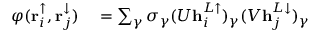
\begin{array} { r l } { \varphi ( \mathbf { r } _ { i } ^ { \uparrow } , \mathbf { r } _ { j } ^ { \downarrow } ) } & { { } = \sum _ { \gamma } \sigma _ { \gamma } ( U \mathbf { h } _ { i } ^ { L \uparrow } ) _ { \gamma } ( V \mathbf { h } _ { j } ^ { L \downarrow } ) _ { \gamma } } \end{array}